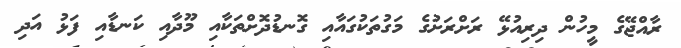
ރާއްޖޭގެ މީހުން ދިރިއުޅޭ ރަށްރަށުގެ މަގުތަކުގައާއި ގޮނޑުދޮށްތަކާއި މޫދާއި ކަނޑާއި ފަޅު އަދި